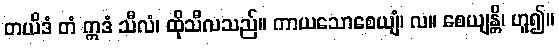
တယိဒံ တံ ဣဒံ သီလံ၊ ထိုသီလသည်။ ကာယသောစေယျံ၊ လ။ စေယျန္တိ၊ ဟူ၍။